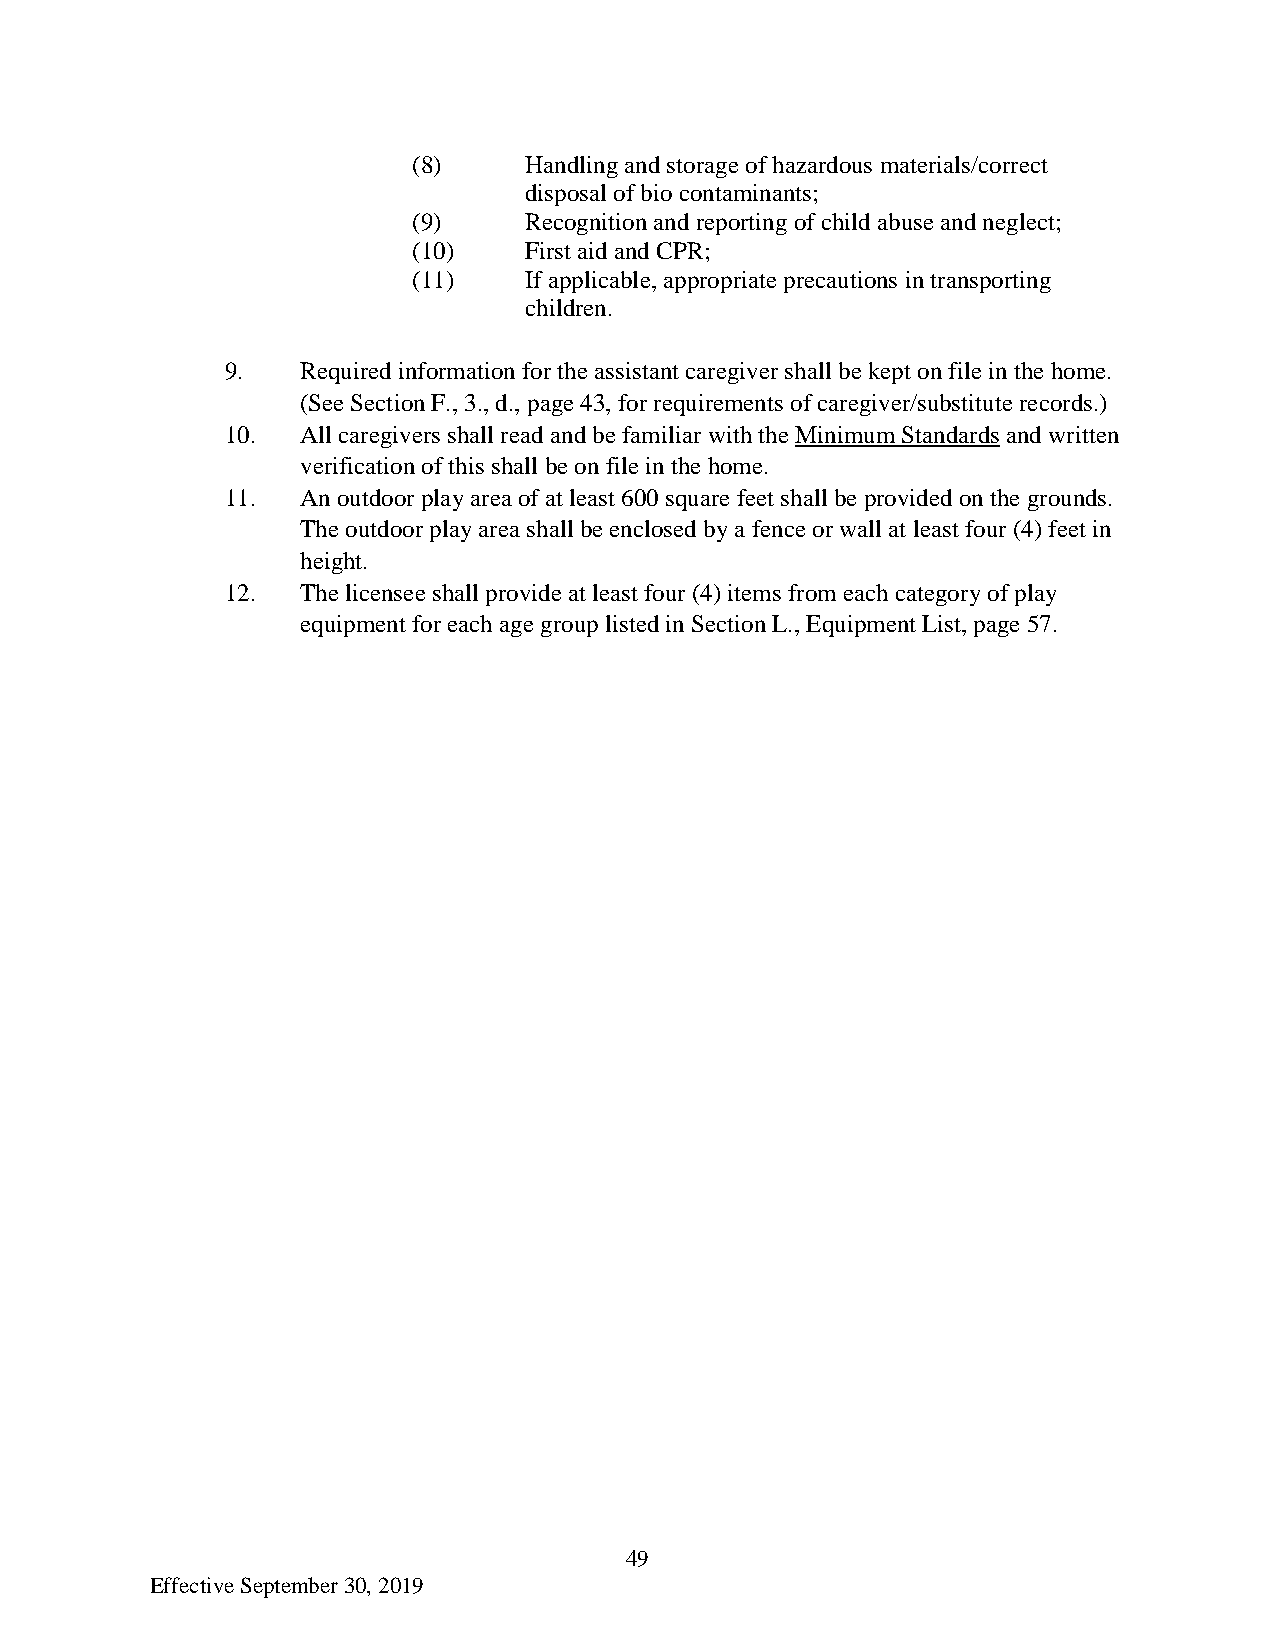
(8)     Handling and storage of hazardous materials/correct
 disposal of bio contaminants;
 (9)     Recognition and reporting of child abuse and neglect;
 (10)    First aid and CPR;
 (11)    If applicable, appropriate precautions in transporting
 children.
 9.   Required information for the assistant caregiver shall be kept on file in the home.
 (See Section F., 3., d., page 43, for requirements of caregiver/substitute records.)
 10.  All caregivers shall read and be familiar with the Minimum Standards and written
 verification of this shall be on file in the home.
 11.  An outdoor play area of at least 600 square feet shall be provided on the grounds.
 The outdoor play area shall be enclosed by a fence or wall at least four (4) feet in
 height.
 12.  The licensee shall provide at least four (4) items from each category of play
 equipment for each age group listed in Section L., Equipment List, page 57.
 49
 Effective September 30, 2019